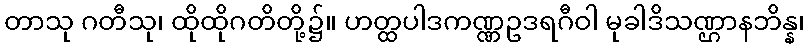
တာသု ဂတီသု၊ ထိုထိုဂတိတို့၌။ ဟတ္ထပါဒကဏ္ဏဥဒရဂီဝါ မုခါဒိသဏ္ဌာနဘိန္န၊